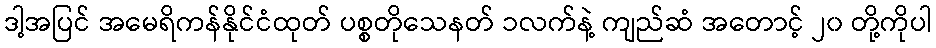
ဒါ့အပြင် အမေရိကန်နိုင်ငံထုတ် ပစ္စတိုသေနတ် ၁လက်နဲ့ ကျည်ဆံ အတောင့် ၂၀ တို့ကိုပါ